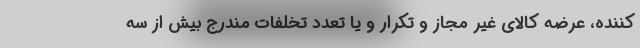
کننده، عرضه کالای غیر مجاز و تکرار و یا تعدد تخلفات مندرج بیش از سه